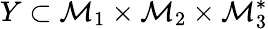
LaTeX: Y\subset{\cal M}_{1}\times{\cal M}_{2}\times{\cal M}_{3}^{*}